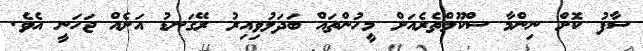
ސާފު ކޮށް ނިންމާ ސްކޫލްތެރެއަށް މީހުންތައް ބަދަލުވިއިރު ރޭގަނޑު އަށެއް ޖަހަނީ އެވެ.